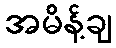
အမိန့်ချ